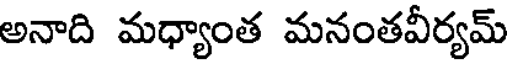
అనాది మధ్యాంత మనంతవీర్యమ్